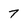
Character: 7